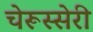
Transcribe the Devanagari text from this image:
चेरूस्सेरी